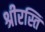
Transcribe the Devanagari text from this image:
श्रीरस्ति